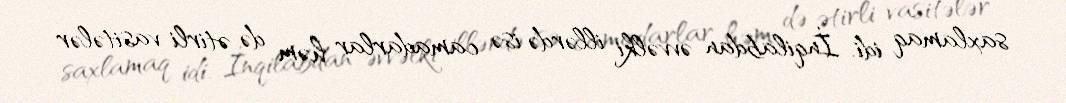
saxlamaq idi. İnqilabdan əvvəlki illərdə isə camadarlar həm də ətirli vasitələr